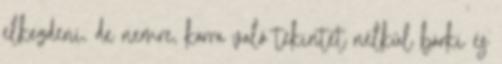
elkezdeni, de nemre, korra való tekintet nélkül bárki és